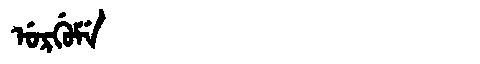
Manchu: ᡠᡵᡤᡠᠮᡝ
Romanization: URGUME